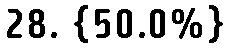
28. {50.0%}